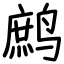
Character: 鹧